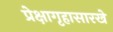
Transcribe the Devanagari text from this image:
प्रेक्षागृहासारखे